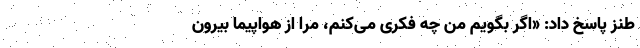
طنز پاسخ داد: «اگر بگویم من چه فکری می‌کنم، مرا از هواپیما بیرون